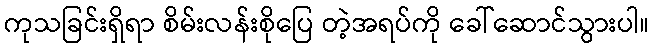
ကုသခြင်းရှိရာ စိမ်းလန်းစိုပြေ တဲ့အရပ်ကို ခေါ်ဆောင်သွားပါ။